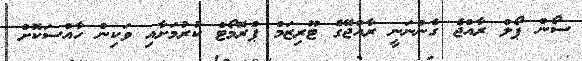
ސޯން ޕޯލް ރާއްޖެ ގެންނަނީ ރާއްޖޭގެ ޓޫރިޒަމް ޕްރޮމޯޓް ކުރުމަށާއި ވަކިން ހާއްސަކޮށް